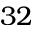
3 2